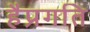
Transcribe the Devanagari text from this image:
हैप्रगति